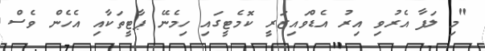
"މި ލަފާ އެރުވި އިރު އެޑްވައިޒަރީ ކޮމެޓީގައި ހިމެނޭ ޕާޓީތަކާއި އެހެން ވެސް